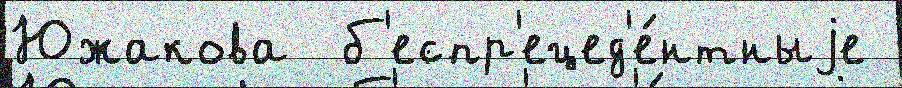
Южакова  б'еспр'ецед'е́нтныjе